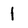
Character: 1